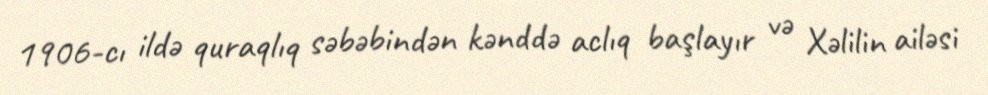
1906-cı ildə quraqlıq səbəbindən kənddə aclıq başlayır və Xəlilin ailəsi